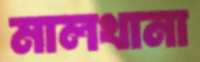
মালখানা